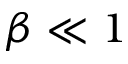
\beta \ll 1